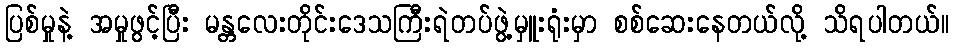
ပြစ်မှုနဲ့ အမှုဖွင့်ပြီး မန္တလေးတိုင်းဒေသကြီးရဲတပ်ဖွဲ့မှူးရုံးမှာ စစ်ဆေးနေတယ်လို့ သိရပါတယ်။